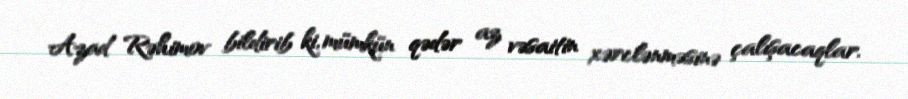
Azad Rəhimov bildirib ki, mümkün qədər az vəsaitin xərclənməsinə çalışacaqlar.